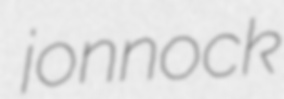
jonnock